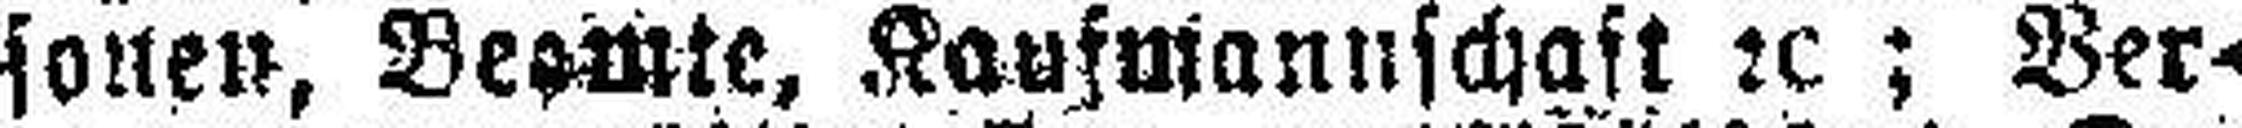
sonen, Beamte, Kaufmannschaft 2c; Ver¬